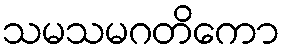
သမသမဂတိကော